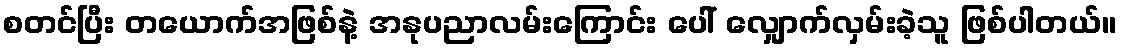
စတင်ပြီး တယောက်အဖြစ်နဲ့ အနုပညာလမ်းကြောင်း ပေါ် လျှောက်လှမ်းခဲ့သူ ဖြစ်ပါတယ်။